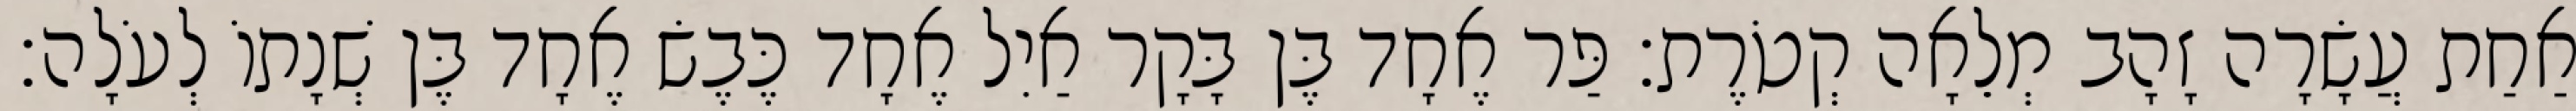
אַחַת עֲשָׂרָה זָהָב מְלֵאָה קְטֹרֶת׃ פַּר אֶחָד בֶּן בָּקָר אַיִל אֶחָד כֶּבֶשׂ אֶחָד בֶּן שְׁנָתוֹ לְעֹלָה׃